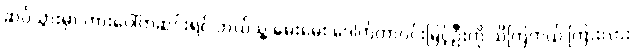
ဆပ်သွားမှာ ကားပေါ်ကဆင်းရင် ဘယ်သူ့ မေးမေး ဒေါက်တာဝင်းမြင့်ဦးကို သိကြတယ် ကြားလား